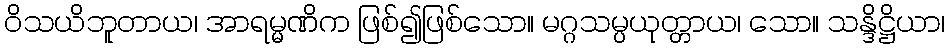
ဝိသယိဘူတာယ၊ အာရမ္မဏိက ဖြစ်၍ဖြစ်သော။ မဂ္ဂသမ္ပယုတ္တာယ၊ သော။ သန္ဒိဋ္ဌိယာ၊